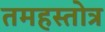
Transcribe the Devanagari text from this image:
तमहस्तोत्र